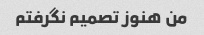
من هنوز تصمیم نگرفتم